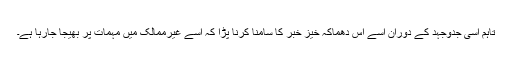
تاہم اسی جدوجہد کے دوران اسے اس دھماکہ خیز خبر کا سامنا کرنا پڑا کہ اسے غیرممالک میں مہمات پر بھیجا جارہا ہے۔